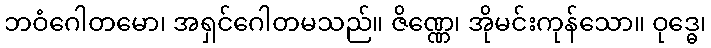
ဘဝံဂေါတမော၊ အရှင်ဂေါတမသည်။ ဇိဏ္ဏေ၊ အိုမင်းကုန်သော။ ဝုဒ္ဓေ၊